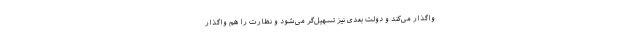
واگذار می‌کند و دولت بعدی نیز تسهیل‌گر می‌شود و نظارت را هم واگذار